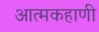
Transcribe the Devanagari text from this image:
आत्मकहाणी